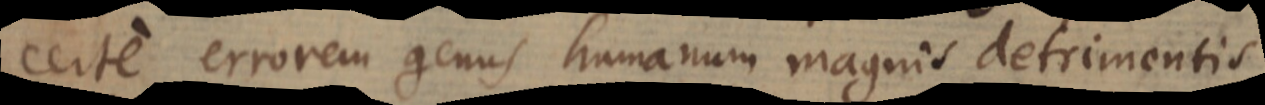
certe errorem genus humanum magnis detrimentis